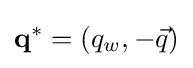
\mathbf {q} ^{\ast }=(q_{w},-{\vec {q}})